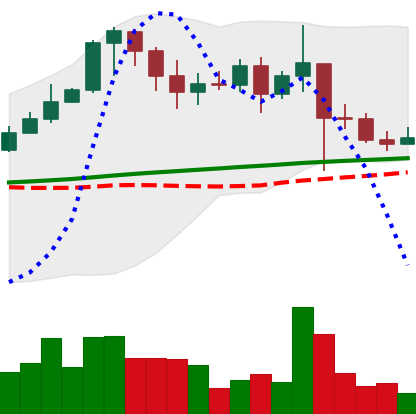
Ticker: XRP-USD
Chart end date: 2021-02-27
Forward return: 11.146%
Label: up_7plus